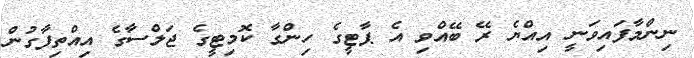
ނިންމާފައިވަނީ އިއްޔެ ރޭ ބޭއްވި އެ ޕާޓީގެ ހިންގާ ކޮމިޓީގެ ޖަލްސާގެ އިއްތިފާގުން